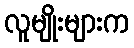
လူမျိုးများက